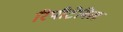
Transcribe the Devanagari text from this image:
रिपीटेबिल